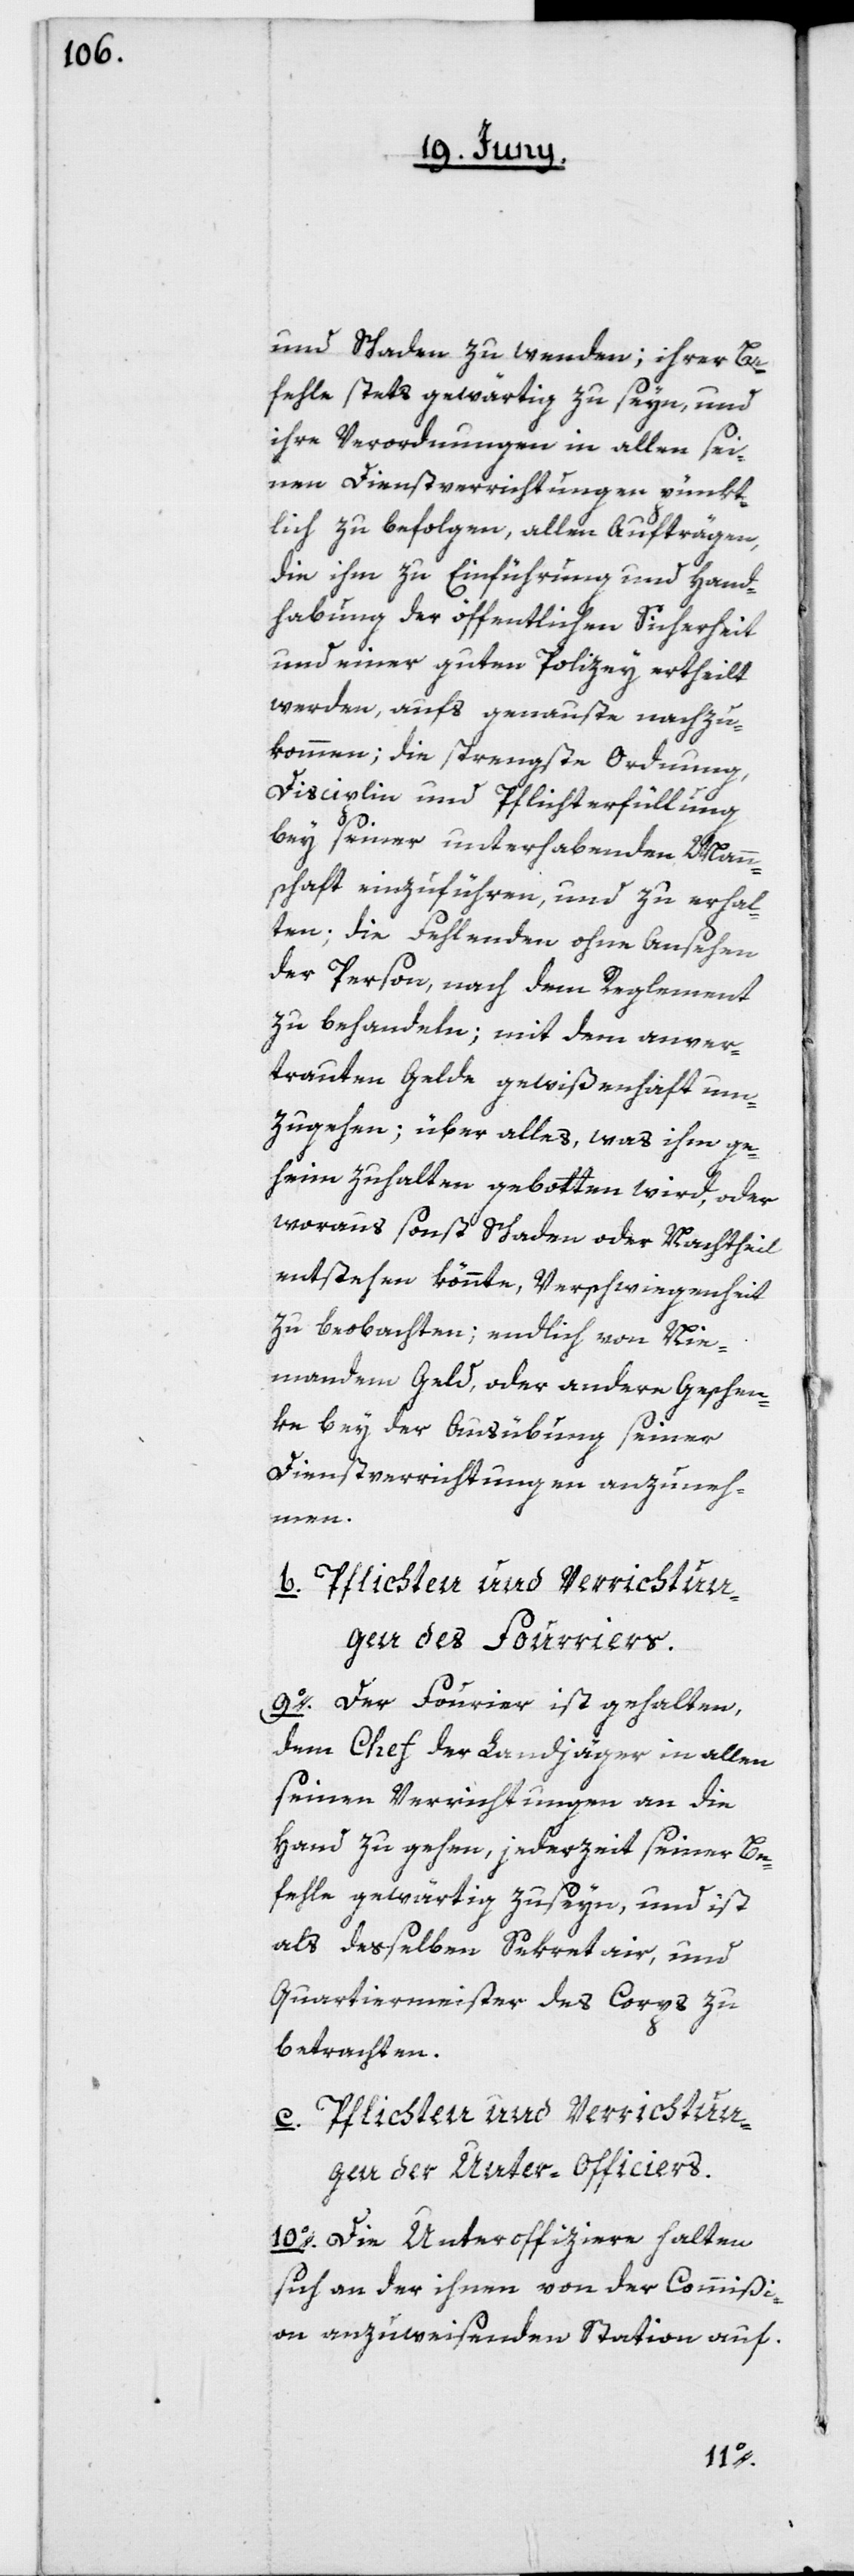
und Schaden zu wenden; ihrer Be¬
fehle stets gewärtig zu seyn, und
ihre Verordnungen in allen sei¬
nen Dienstverrichtungen pünkt¬
lich zu befolgen, allen Aufträgen,
die ihm zu Einführung und Hand¬
habung der öffentlichen Sicherheit
und einer guten Polizey ertheilt
werden, aufs genauste nachzu¬
kommen, die strengste Ordnung,
Disciplin und Pflichterfüllung
bey seiner unterhabenden Mann¬
schaft einzuführen und zu erhal¬
ten; die Fehlenden ohne Ansehen
der Person, nach dem Reglement
zu behandeln; mit dem anver¬
trauten Gelde gewißenhaft um¬
zugehen; über alles, was ihm ge¬
heim zuhalten gebotten wird, oder
woraus sonst Schaden oder Nachtheil
entstehen könnte, Verschwiegenheit
zu beobachten; endlich von Nie¬
mandem Geld, oder andere Geschen¬
ke bey der Ausübung seiner
Dienstverrichtungen anzuneh¬
men.
b. Pflichten und Verrichtun¬
gen des Fourriers.
9o. Der Four[r]ier ist gehalten,
dem Chef der Landjäger in allen
seinen Verrichtungen an die
Hand zu gehen, jederzeit seiner Be¬
fehle gewärtig zu seyn und ist
als desselben Sekretär, und
Quartiermeister des Corps zu
betrachten.
c. Pflichten und Verrichtun¬
gen der Unter-Officiers.
10o. Die Unteroffiziere halten
sich an der ihnen von der Commißi¬
on anzuweisenden Station auf.